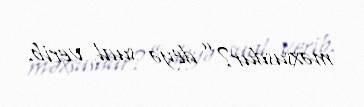
məxsusdur?” deyə sual verib.